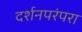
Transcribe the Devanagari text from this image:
दर्शनपरंपरा